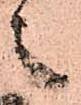
之